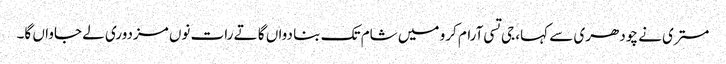
مستری نے چودھری سے کہا، جی تسی آرام کرو میں شام تک بنا دواں گا تے رات نوں مزدوری لے جاواں گا۔